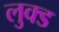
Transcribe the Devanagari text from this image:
लुक्ड